Annual administration report of the Civil Veterinary Department of India - 1898-1899
Year: 1898
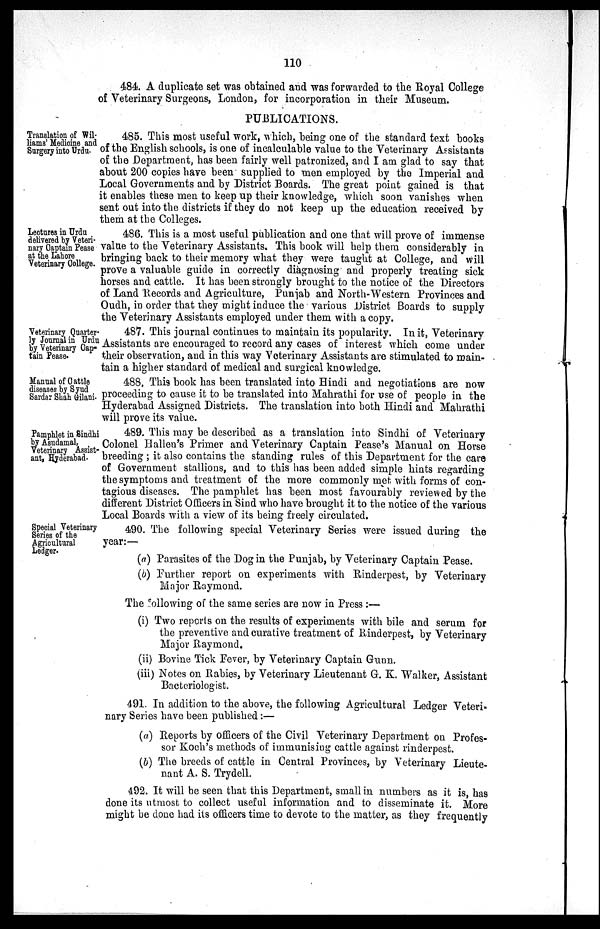
110
484. A duplicate set was obtained and was forwarded to the Royal College
of Veterinary Surgeons, London, for incorporation in their Museum.
PUBLICATIONS.
Translation of Wil-
liams' Medicine and
Surgery into Urdu.
485. This most useful work, which, being one of the standard text books
of the English schools, is one of incalculable value to the Veterinary Assistants
of the Department, has been fairly well patronized, and I am glad to say that
about 200 copies have been supplied to men employed by the Imperial and
Local Governments and by District Boards. The great point gained is that
it enables these men to keep up their knowledge, which soon vanishes when
sent out into the districts if they do not keep up the education received by
them at the Colleges.
Lectures in Urdu
delivered by Veteri-
nary Captain Pease
at the Lahore
Veterinary College.
486. This is a most useful publication and one that will prove of immense
value to the Veterinary Assistants. This book will help them considerably in
bringing back to their memory what they were taught at College, and will
prove a valuable guide in correctly diagnosing and properly treating sick
horses and cattle. It has been strongly brought to the notice of the Directors
of Land Records and Agriculture, Punjab and North-Western Provinces and
Oudh, in order that they might induce the various District Boards to supply
the Veterinary Assistants employed under them with a copy.
Veterinary Quarter-
ly Journal in Urdu
by Veterinary Cap-
tain Pease.
487. This journal continues to maintain its popularity. In it, Veterinary
Assistants are encouraged to record any cases of interest which come under
their observation, and in this way Veterinary Assistants are stimulated to main-
tain a higher standard of medical and surgical knowledge.
Manual of Cattle
diseases by Syud
Sardar Shah Gilani.
488. This book has been translated into Hindi and negotiations are now
proceeding to cause it to be translated into Mahrathi for use of people in the
Hyderabad Assigned Districts. The translation into both Hindi and Mahrathi
will prove its value.
Pamphlet in Sindhi
by Asudamal,
Veterinary Assist-
ant, Hyderabad.
489. This may be described as a translation into Sindhi of Veterinary
Colonel Hallen's Primer and Veterinary Captain Pease's Manual on Horse
breeding; it also contains the standing rules of this Department for the care
of Government stallions, and to this has been added simple hints regarding
the symptoms and treatment of the more commonly met with forms of con-
tagious diseases. The pamphlet has been most favourably reviewed by the
different District Officers in Sind who have brought it to the notice of the various
Local Boards with a view of its being freely circulated.
Special Veterinary
Series of the
Agricultural
Ledger.
490. The following special Veterinary Series were issued during the
year:—
(a) Parasites of the Dog in the Punjab, by Veterinary Captain Pease.
(b) Further report on experiments with Rinderpest, by Veterinary
Major Raymond.
The following of the same series are now in Press:—
(i) Two reports on the results of experiments with bile and serum for
the preventive and curative treatment of Rinderpest, by Veterinary
Major Raymond.
(ii) Bovine Tick Fever, by Veterinary Captain Gunn.
(iii) Notes on Rabies, by Veterinary Lieutenant G. K. Walker, Assistant
Bacteriologist.
491. In addition to the above, the following Agricultural Ledger Veteri-
nary Series have been published:—
(a) Reports by officers of the Civil Veterinary Department on Profes-
sor Koch's methods of immunising cattle against rinderpest.
(b) The breeds of cattle in Central Provinces, by Veterinary Lieute-
nant A. S. Trydell.
492. It will he seen that this Department, small in numbers as it is, has
done its utmost to collect useful information and to disseminate it. More
might be done had its officers time to devote to the matter, as they frequently